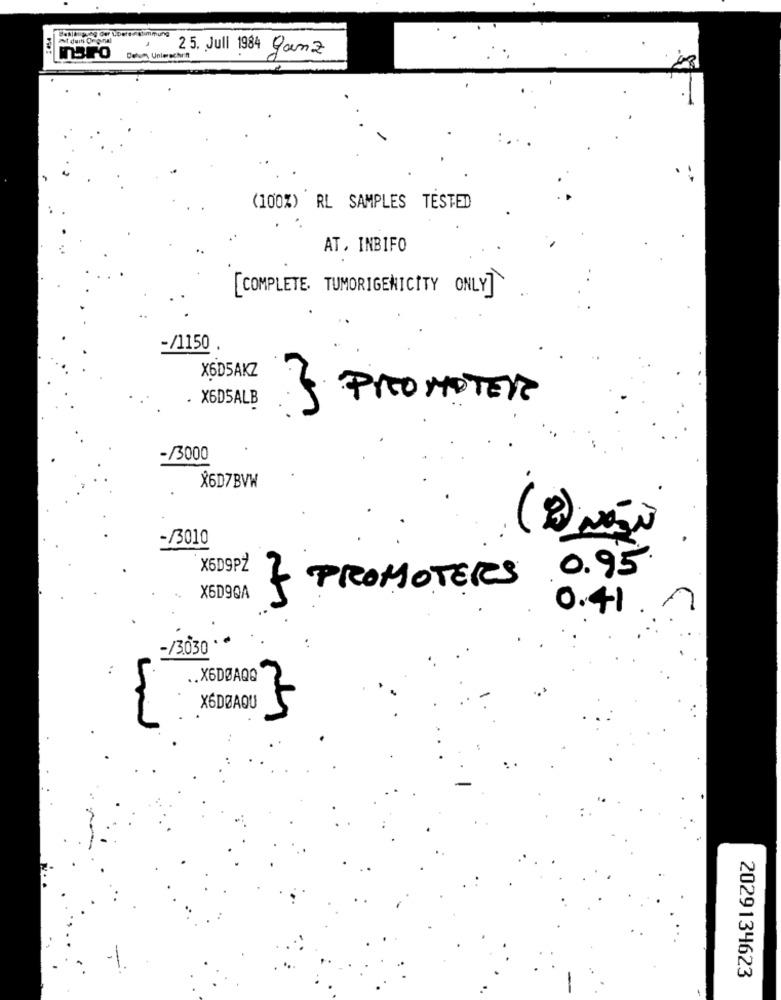
At duih Original
25. Juli 1984 Ganz
TBFO
Delum, Unterschin
(100%) RL SAMPLES TESTED
AT, INBIFO
[COMPLETE. TUMORIGENICITY ONLY]
-/1150
X6D5AKZ
. X6DSALB
PROMOTER
-/3000
X6D7BVW
-/3010
X6D9PZ
} PROMOTERS 0.95
X6D9QA
0.41
-/3030
.. X6DØAQQ
X6DØAQU
2029134623